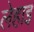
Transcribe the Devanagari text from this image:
लेहाइ